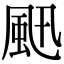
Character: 𩖜